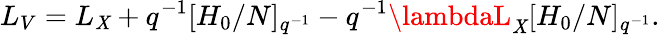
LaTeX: L_{V}=L_{\mathit{X}}+q^{-1}[H_{0}/N]_{q^{-1}}-q^{-1}\lambdaL_{\mathit{X}}[H_{0}/N]_{q^{-1}}.